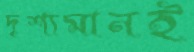
দৃশ্যমানই